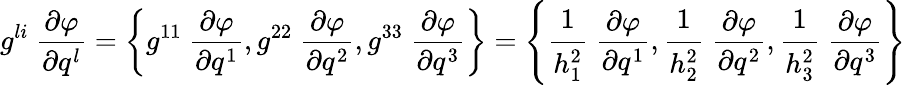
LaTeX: g^{li}~{\frac{\partial\varphi}{\partial q^{l}}}=\left\{ g^{11}~{\frac{\partial\varphi}{\partial q^{1}}},g^{22}~{\frac{\partial\varphi}{\partial q^{2}}},g^{33}~{\frac{\partial\varphi}{\partial q^{3}}}\right\} =\left\{ {\cfrac{1}{h_{1}^{2}}}~{\frac{\partial\varphi}{\partial q^{1}}},{\cfrac{1}{h_{2}^{2}}}~{\frac{\partial\varphi}{\partial q^{2}}},{\cfrac{1}{h_{3}^{2}}}~{\frac{\partial\varphi}{\partial q^{3}}}\right\}